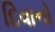
દિવાનો